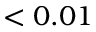
< 0 . 0 1